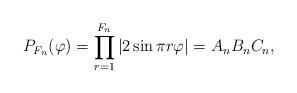
LaTeX: \begin{align*}P_{F_n}(\varphi)= \prod_{r=1}^{F_n} \left| 2 \sin \pi r \varphi \right| = A_nB_nC_n,\end{align*}